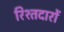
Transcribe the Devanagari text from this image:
रिश्तदारों